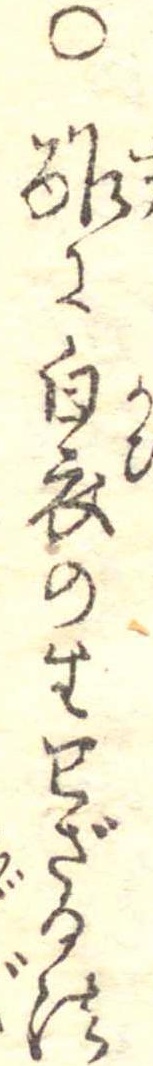
○酢に白衣の生せざる法